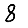
Digit: 8